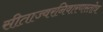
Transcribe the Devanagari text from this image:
सीताज्वरनिवारणस्तोत्र